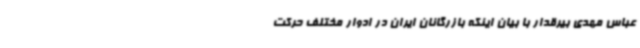
عباس مهدی بیرقدار با بیان اینکه بازرگانان ایران در ادوار مختلف حرکت